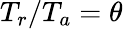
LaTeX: T_{r}/T_{a}=\theta